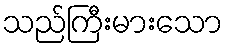
သည်ကြီးမားသော